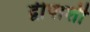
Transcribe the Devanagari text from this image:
द्वीपाशी